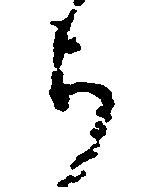
ら